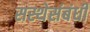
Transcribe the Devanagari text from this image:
सस्थेसंबंधी